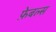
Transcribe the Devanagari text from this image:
फ़ेबल्स